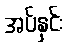
အပ်နှင်း